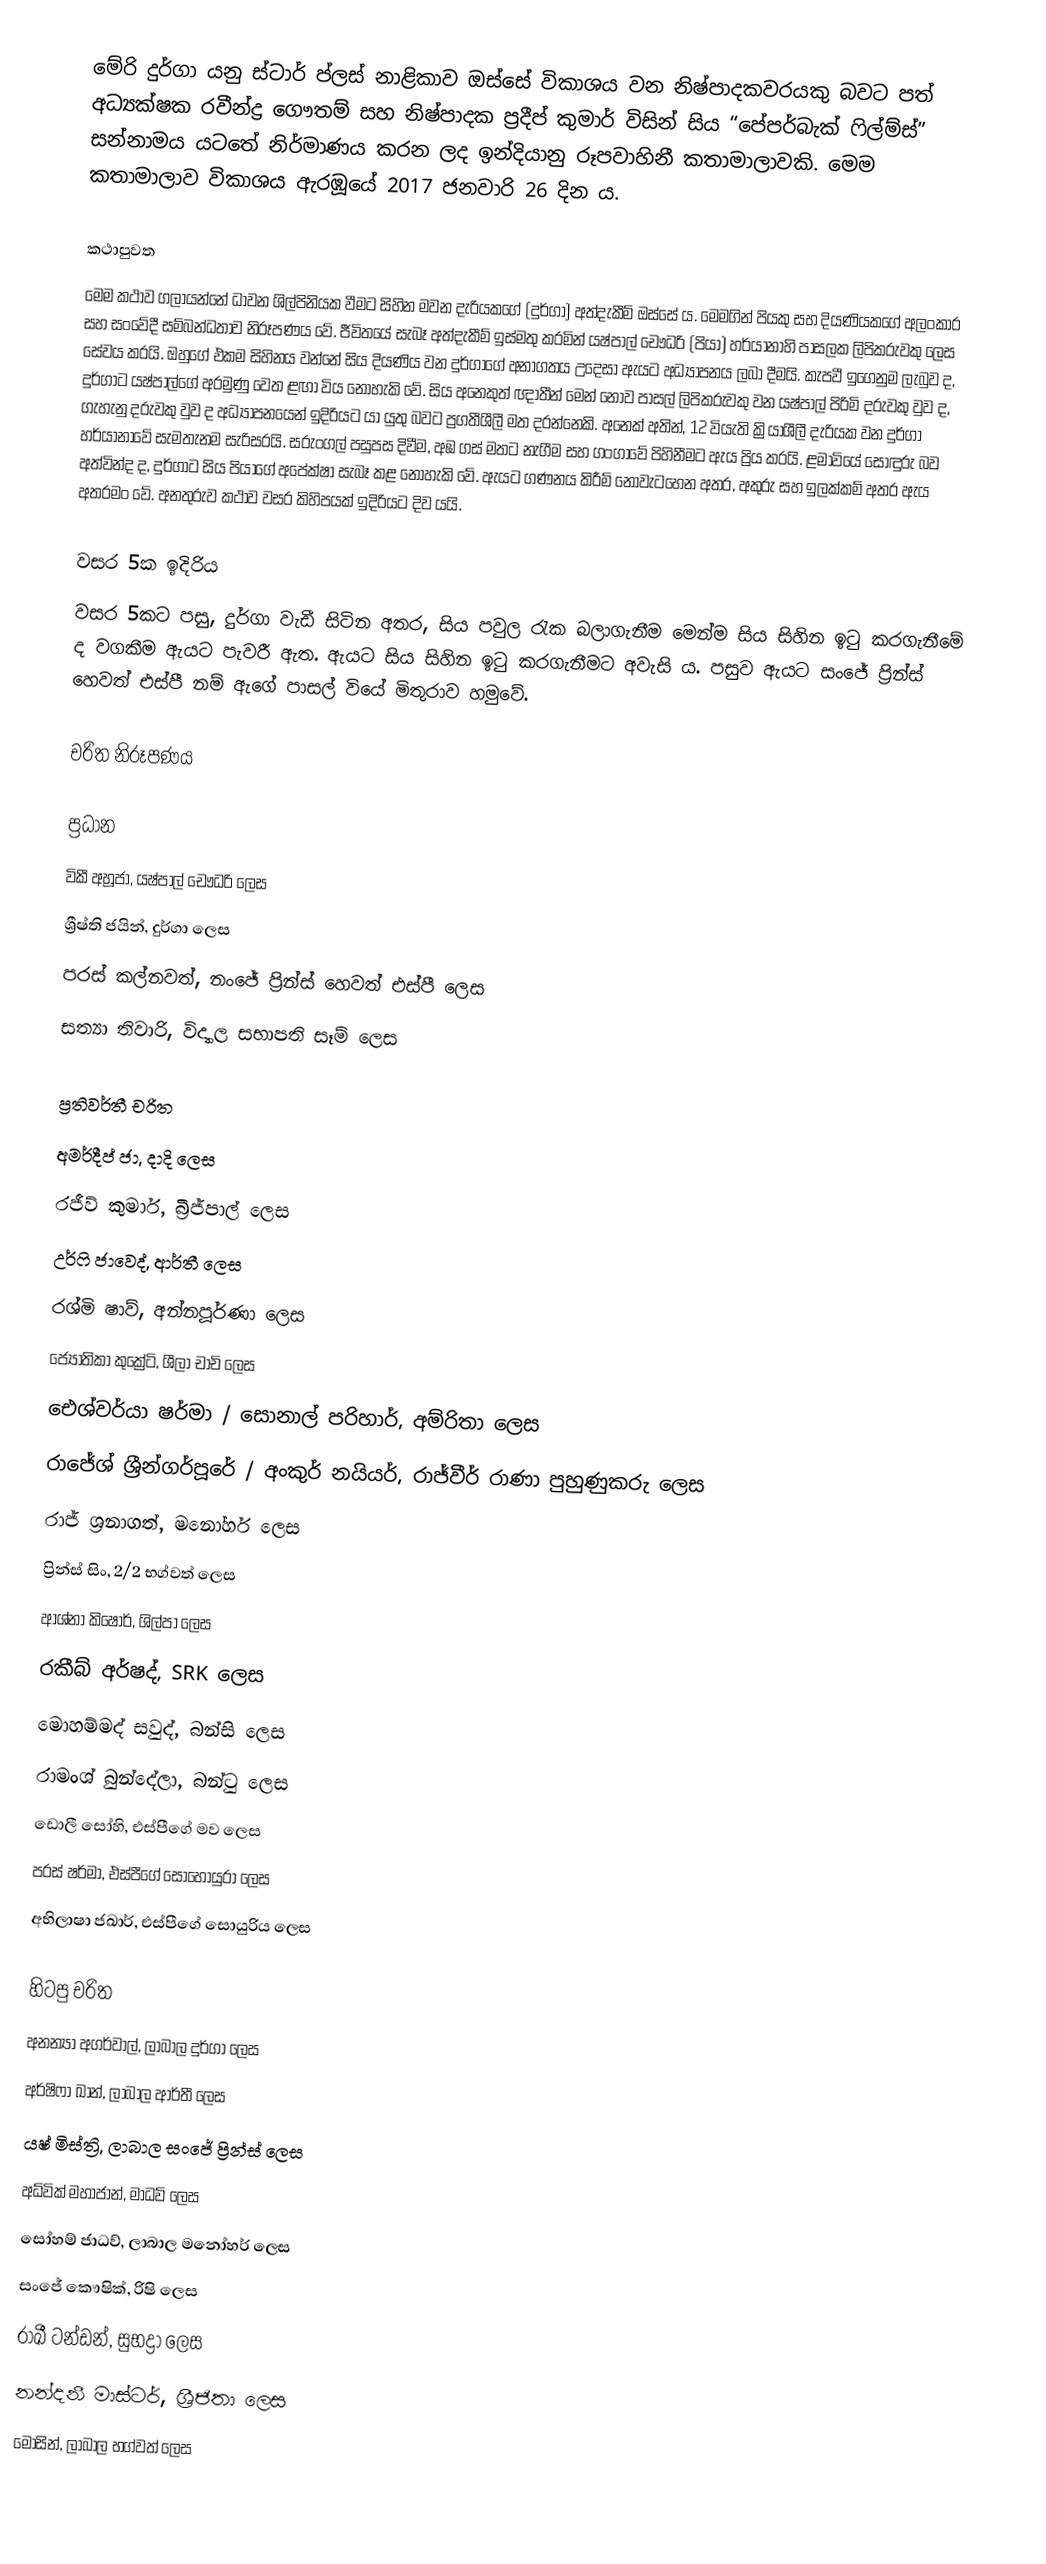
මේරි දුර්ගා යනු ස්ටාර් ප්ලස් නාළිකාව ඔස්සේ විකාශය වන නිෂ්පාදකවරයකු බවට පත් අධ්‍යක්ෂක රවීන්ද්‍ර ගෞතම් සහ නිෂ්පාදක ප්‍රදීප් කුමාර් විසින් සිය “පේපර්බැක් ෆිල්ම්ස්” සන්නාමය යටතේ නිර්මාණය කරන ලද ඉන්දියානු රූපවාහිනී කතාමාලාවකි. මෙම කතාමාලාව විකාශය ඇරඹූයේ 2017 ජනවාරි 26 දින ය.

කථාපුවත
මෙම කථාව ගලායන්නේ ධාවන ශිල්පිනියක වීමට සිහින මවන දැරියකගේ (දුර්ගා) අත්දැකීම් ඔස්සේ ය. මෙමගින් පියකු සහ දියණියකගේ අලංකාර සහ සංවේදී සම්බන්ධතාව නිරූපණය වේ. ජීවිතයේ සැබෑ අත්දැකීම් ඉස්මතු කරමින් යෂ්පාල් චෞධරි (පියා) හර්යානාහි පාසලක ලිපිකරුවකු ලෙස සේවය කරයි. ඔහුගේ එකම සිහිනය වන්නේ සිය දියණිය වන දුර්ගාගේ අනාගතය උදෙසා ඇයට අධ්‍යාපනය ලබා දීමයි. කැපවී ඉගෙනුම ලැබුව ද, දුර්ගාට යෂ්පාල්ගේ අරමුණු වෙත ළඟා විය නොහැකි වේ. සිය අනෙකුත් ඥාතීන් මෙන් නොව පාසල් ලිපිකරුවකු වන යෂ්පාල් පිරිමි දරුවකු වුව ද, ගැහැනු දරුවකු වුව ද අධ්‍යාපනයෙන් ඉදිරියට යා යුතු බවට ප්‍රගතීශීලී මත දරන්නෙකි. අනෙක් අතින්, 12 වියැති ක්‍රියාශීලී දැරියක වන දුර්ගා හර්යානාවේ සැමතැනම සැරිසරයි. සරුංගල් පසුපස දිවීම, අඹ ගස් මතට නැගීම සහ ගංගාවේ පිහිනීමට ඇය ප්‍රිය කරයි. ළමාවියේ සොඳුරු බව අත්වින්ද ද, දුර්ගාට සිය පියාගේ අපේක්ෂා සැබෑ කළ නොහැකි වේ. ඇයට ගණනය කිරීම් නොවැටහෙන අතර, අකුරු සහ ඉලක්කම් අතර ඇය අතරමං වේ. අනතුරුව කථාව වසර කිහිපයක් ඉදිරියට දිව යයි.

වසර 5ක ඉදිරිය
වසර 5කට පසු, දුර්ගා වැඩී සිටින අතර, සිය පවුල රැක බලාගැනීම මෙන්ම සිය සිහින ඉටු කරගැනීමේ ද වගකීම ඇයට පැවරී ඇත. ඇයට සිය සිහින ඉටු කරගැනීමට අවැසි ය. පසුව ඇයට සංජේ ප්‍රින්ස් හෙවත් එස්පී නම් ඇගේ පාසල් වියේ මිතුරාව හමුවේ.

චරිත නිරූපණය

ප්‍රධාන
 විකී අහූජා, යෂ්පාල් චෞධරි ලෙස
 ශ්‍රීෂ්ති ජයින්, දුර්ගා ලෙස
 පරස් කල්නවත්, නංජේ ප්‍රින්ස් හෙවත් එස්පී ලෙස
 සත්‍යා තිවාරි, විද්‍යාල සභාපති සෑම් ලෙස

ප්‍රතිවර්තී චරිත
 අමර්දීප් ජා, දාදි ලෙස
 රජීව් කුමාර්, බ්‍රීජ්පාල් ලෙස
 උර්ෆි ජාවෙද්, ආර්තී ලෙස
 රශ්මි ෂාව්, අන්නපූර්ණා ලෙස
 ජ්‍යෝතිකා කුක්‍රේටි, ශීලා චාචි ලෙස
 ඓශ්වර්යා ෂර්මා / සොනාල් පරිහාර්, අම්රිතා ලෙස
 රාජේශ් ශ්‍රීන්ගර්පූරේ / අංකුර් නයියර්, රාජ්වීර් රාණා පුහුණුකරු ලෙස
 රාජ් ශ්‍රනාගත්, මනෝහර් ලෙස
 ප්‍රින්ස් සිං, 2/2 භග්වත් ලෙස
 ආශ්නා කිෂෝර්, ශිල්පා ලෙස
 රකීබ් අර්ෂද්, SRK ලෙස
 මොහම්මද් සවුද්, බන්සි ලෙස
 රාමංශ් බුන්දේලා, බන්ටු ලෙස
 ඩොලී සෝහි, එස්පීගේ මව ලෙස
 පරස් ෂර්මා, එස්පීගේ සොහොයුරා ලෙස
 අභිලාෂා ජඛාර්, එස්පීගේ සොයුරිය ලෙස

හිටපු චරිත
 අනන්‍යා අගර්වාල්, ලාබාල දුර්ගා ලෙස
 අර්ෂිෆා ඛාන්, ලාබාල ආර්තී ලෙස
 යෂ් මිස්ත්‍රි, ලාබාල සංජේ ප්‍රින්ස් ලෙස
 අධ්වික් මහාජාන්, මාධව් ලෙස
 සෝහම් ජාධව්, ලාබාල මනෝහර් ලෙස
 සංජේ කෞෂික්, රිෂි ලෙස
 රාඛී ටන්ඩන්, සුභද්‍රා ලෙස
 නන්දනී මාස්ටර්, ශ්‍රීජිතා ලෙස
 මෝසින්, ලාබාල භග්වත් ලෙස